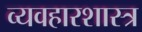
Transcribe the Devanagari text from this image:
व्यवहारशास्त्र